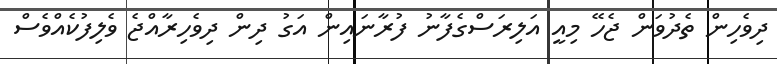
ދިވެހިން ތެދުވަން ޖެހޭ މިއީ އަލިރަސްގެފާނު ފުރާނައިން އަގު ދިން ދިވެހިރާއްޖެ ވެލިފުކެއްވެސް